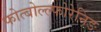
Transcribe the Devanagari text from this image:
फोत्बोल्ल्फोरेनिङ